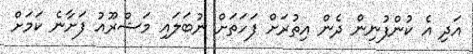
އަދި އެ ކުންފުނިން ދެން އިތުރަށް ފަހަތަށް ނުބަލައި މަޝްރޫއު ފަށާނެ ކަމަށް